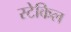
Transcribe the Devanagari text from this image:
स्टेकिल